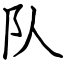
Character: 队